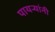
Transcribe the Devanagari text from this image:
पायर्‍यांनी